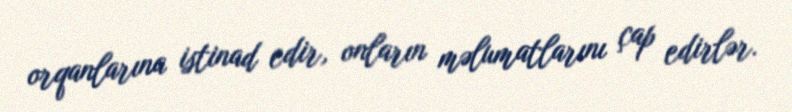
orqanlarına istinad edir, onların məlumatlarını çap edirlər.